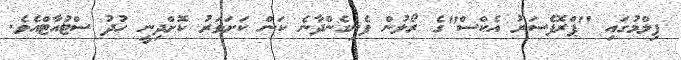
ފިލްމުގައި "ޕްރޮފެސަރު އެކްސް"ގެ ރޯލުން ފެނިގެންދާނެ ކަން ކަށަވަރު ކޮށްދިނީ ހުދު ސްޓުއާޓްއެވެ.